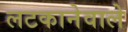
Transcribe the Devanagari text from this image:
लटकानेवाले